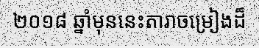
២០១៨ ឆ្នាំមុននេះតារាចម្រៀងដ៏